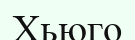
Хьюго